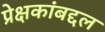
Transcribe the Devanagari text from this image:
प्रेक्षकांबद्दल